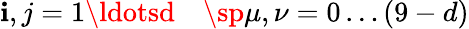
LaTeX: \mathbf{i},j=1\ldotsd\quad\sp\mu,\nu=0\ldots(9-d)